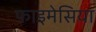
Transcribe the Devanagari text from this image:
फाइमेसिया